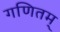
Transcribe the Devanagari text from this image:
गणितम्